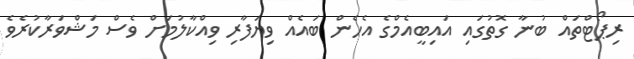
ރިޕޯޓްތައް ބުނާ ގޮތުގައި އައިބީއެމްގެ އެހެން ބައެއް ވިޔަފާރި ވިއްކާލުމަށް ވެސް މަޝްވަރާކުރެވެ